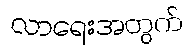
လာရေးအတွက်